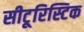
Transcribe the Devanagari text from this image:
सीटूरिस्टिक